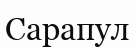
Сарапул